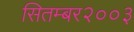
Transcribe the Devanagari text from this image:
सितम्बर२००३